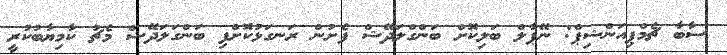
ސާބާ ޗެމްޕިއަންޝިޕް: ނޭޕާލް ބަލިކޮށް ބަންގްލަދޭޝް ފެށުން ރަނގަޅުކޮށްފި ބަންގަލަދޭޝް މެޗު ކާމިޔާބުކުރީ